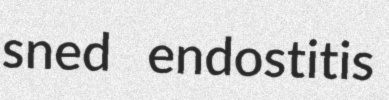
sned endostitis